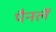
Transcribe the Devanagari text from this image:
पैनलें